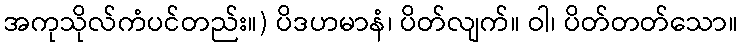
အကုသိုလ်ကံပင်တည်း။) ပိဒဟမာနံ၊ ပိတ်လျက်။ ဝါ၊ ပိတ်တတ်သော။